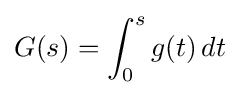
G(s)=\int _{0}^{s}g(t)\,dt